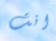
انت